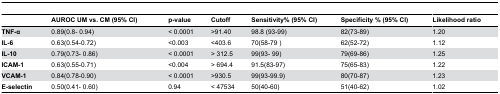
<table><thead><tr><td></td><td><b>AUROC UM vs. CM (95% CI)</b></td><td><b>p-value</b></td><td><b>Cutoff</b></td><td><b>Sensitivity% (95% CI)</b></td><td><b>Specificity % (95% CI) </b></td><td><b>Likelihood ratio</b></td></tr></thead><tbody><tr><td><b>TNF-α</b></td><td>0.89(0.8- 0.94)</td><td>&lt; 0.0001</td><td>&gt;91.40</td><td>98.8 (93-99)</td><td>82(73-89)</td><td>1.20</td></tr><tr><td><b>IL-6</b></td><td>0.63(0.54-0.72)</td><td>&lt;0.003</td><td>&lt;403.6</td><td>70(58-79 )</td><td>62(52-72)</td><td>1.12</td></tr><tr><td><b>IL-10</b></td><td>0.79(0.73- 0.86)</td><td>&lt; 0.0001</td><td>&gt; 312.5</td><td>99(93- 99)</td><td>79(69-86)</td><td>1.25</td></tr><tr><td><b>ICAM-1</b></td><td>0.63(0.55-0.71)</td><td>&lt;0.004</td><td>&gt; 694.4</td><td>91.5(83-97)</td><td>75(65-83)</td><td>1.22</td></tr><tr><td><b>VCAM-1</b></td><td>0.84(0.78-0.90)</td><td>&lt; 0.0001</td><td>&gt;930.5</td><td>99(93-99.9)</td><td>80(70-87)</td><td>1.23</td></tr><tr><td><b>E-selectin</b></td><td>0.50(0.41- 0.60)</td><td>0.94</td><td>&lt; 47534</td><td>50(40-60)</td><td>51(40-62)</td><td>1.02</td></tr></tbody></table>